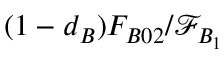
( 1 - d _ { B } ) F _ { B 0 2 } / \mathcal { F } _ { B _ { 1 } }